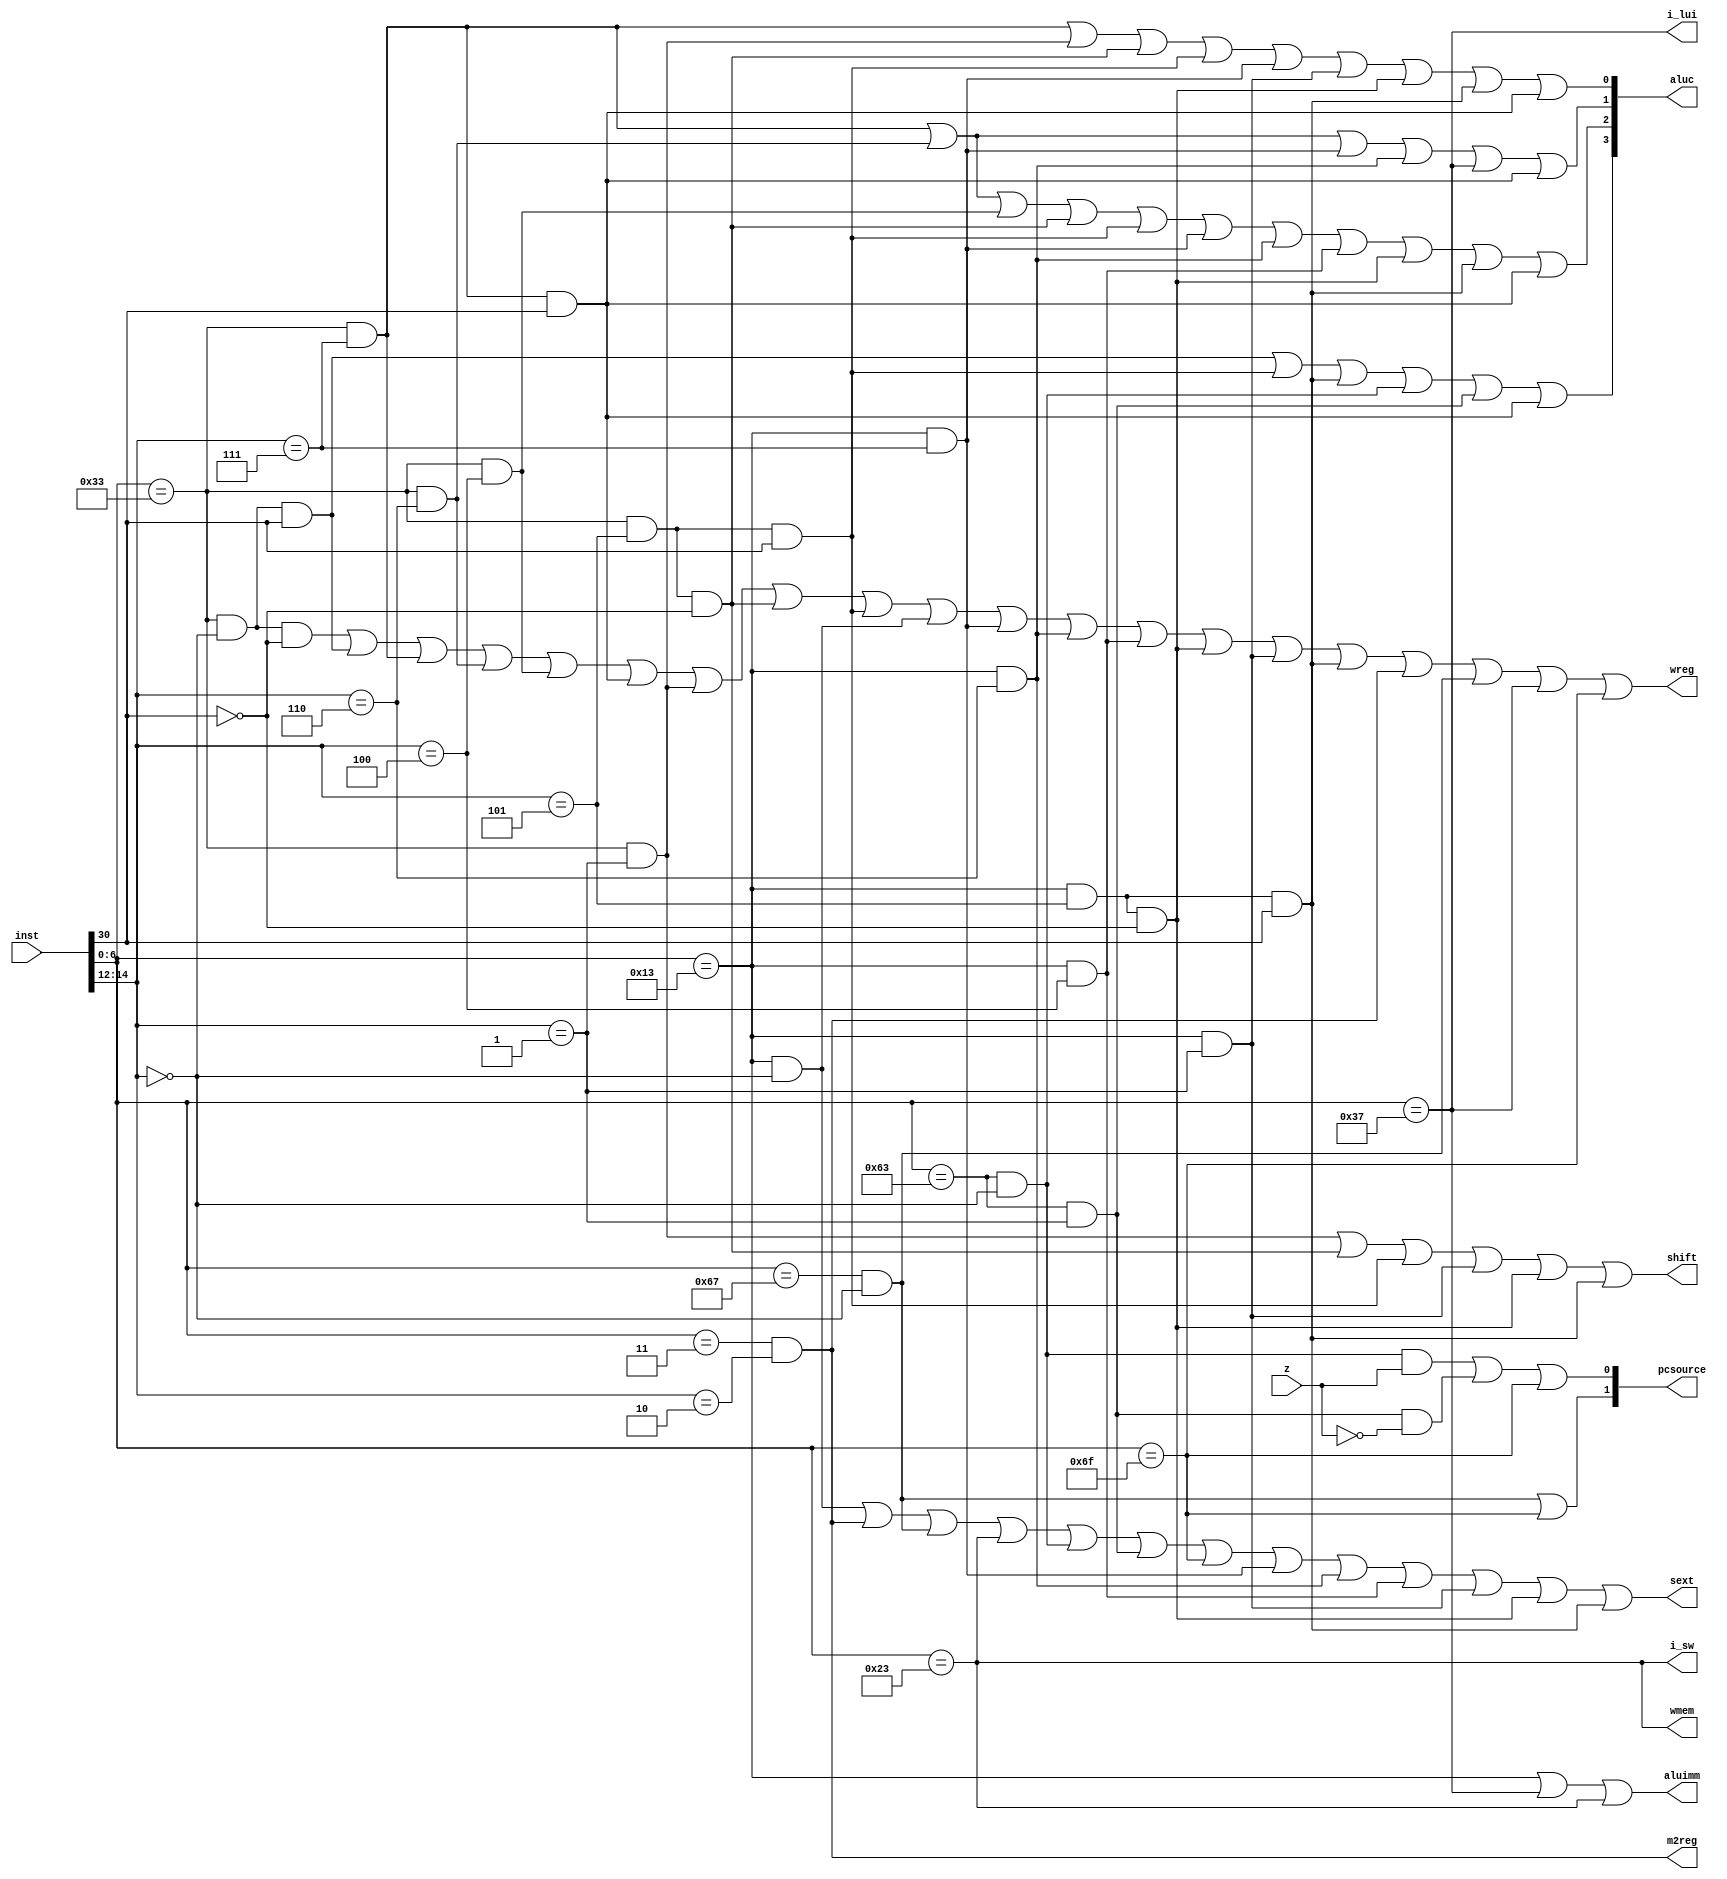
module sc_cu (inst, z, wmem, wreg,  m2reg, aluc, 
              aluimm, pcsource, sext, i_lui, i_sw, shift);
   input  [31:0] inst;
   input        z;
   output       wreg, m2reg, aluimm, sext, wmem, i_lui, i_sw, shift;
   output [3:0] aluc;
   output [1:0] pcsource;
   wire [6:0] op = inst[6:0];
   wire [2:0] func3 = inst[14:12];
   wire [6:0] func7 = inst[31:25];
   
   wire r_type = (op == 7'b0110011);
   wire i_type = (op == 7'b0010011);
   //R type
   wire i_add = r_type &  (func3 == 3'b000 ) & ~inst[30];           //000??0
   wire i_sub = r_type &  (func3 == 3'b000 )& inst[30];             //000??1
   wire i_hamd = r_type & (func3 == 3'b111) & inst[30];   // added a new instruction for lab 4
   
   
   wire i_and = r_type & (func3 == 3'b111 );          //111
   wire i_or  = r_type & (func3 == 3'b110 );          //110
   wire i_xor = r_type & (func3 == 3'b100 );          //100
   wire i_sll = r_type & (func3 == 3'b001 );          //001
   wire i_srl = r_type &( func3 == 3'b101 ) & ~inst[30];          //101??0
   wire i_sra = r_type & (func3 == 3'b101 ) & inst[30];          //101,1

   //I type
   wire i_addi = i_type & (func3 == 3'b000 );          //000
   wire i_andi = i_type & (func3 == 3'b111 );          //111
   wire i_ori  = i_type & (func3 == 3'b110 );          //110      
   wire i_xori = i_type & (func3 == 3'b100 );          //100
   wire i_slli = i_type & (func3 == 3'b001 );          //001
   wire i_srli = i_type & (func3 == 3'b101 ) & ~inst[30];          //101??0
   wire i_srai = i_type & (func3 == 3'b101 ) & inst[30]  ;          //101,1

   wire i_lw   = (op == 7'b0000011) & (func3 == 3'b010);
   wire i_jalr = (op == 7'b1100111) & (func3 == 3'b000) ;     

   //S type
   wire i_sw   = (op == 7'b0100011);
   //SB type 
   wire i_beq  = (op == 7'b1100011) & (func3 == 3'b000) ;
   wire i_bne  = (op == 7'b1100011) & (func3 == 3'b001)  ;
   //U type 
   wire i_lui  =  (op == 7'b0110111);
   //UJ type
   wire i_jal  =  (op == 7'b1101111);  
  
   assign pcsource[1] = i_jalr | i_jal;
   assign pcsource[0] = ( i_beq & z ) | (i_bne & ~z) | i_jal ;
   
   assign wreg = i_add | i_sub | i_and | i_or   | i_xor  | i_hamd |
                 i_sll | i_srl | i_sra | i_addi | i_andi |
                 i_ori | i_xori | i_srli | i_slli | i_srai | i_lw | i_jalr | i_lui  | i_jal;
   
 
   assign aluc[3] = i_sub | i_sra | i_srai | i_beq | i_bne | i_hamd ;
   assign aluc[2] = i_and | i_or | i_xor | i_srl | i_sra | i_andi | i_ori |
                    i_xori | i_srli | i_srai | i_hamd; 
   assign aluc[1] = i_and | i_or | i_andi | i_ori | i_lui | i_hamd ;
   assign aluc[0] = i_and | i_sll | i_srl | i_sra | i_andi | i_slli | i_srli |
                    i_srai | i_hamd;
  
   assign aluimm  = i_type | i_lui | i_sw; // modification here
   assign sext    = i_addi | i_lw | i_jalr | i_sw | i_beq | i_bne | i_jal | i_andi | i_ori |
                    i_xori |i_slli |i_srli |i_srai; //add itype
   assign wmem    = i_sw;
   assign m2reg   = i_lw;
   assign shift   = i_sll | i_srl | i_sra | i_slli | i_srli | i_srai;
   endmodule